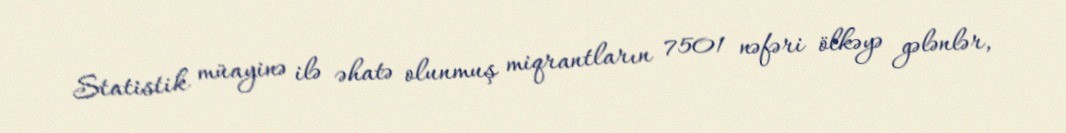
Statistik müayinə ilə əhatə olunmuş miqrantların 7501 nəfəri ölkəyə gələnlər,